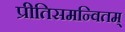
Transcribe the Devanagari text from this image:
प्रीतिसमन्वितम्